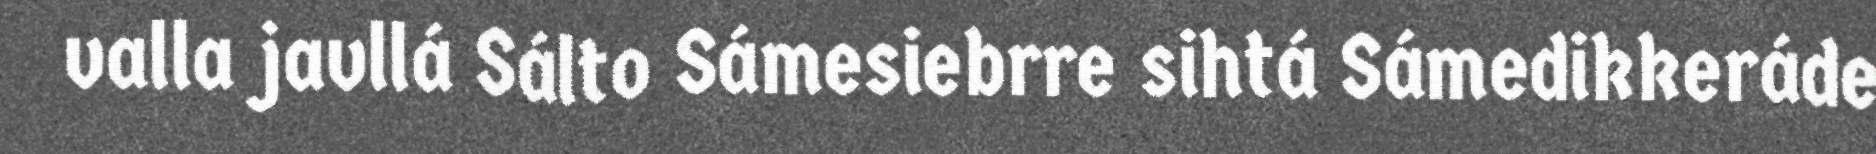
valla javllá Sálto Sámesiebrre sihtá Sámedikkeráde